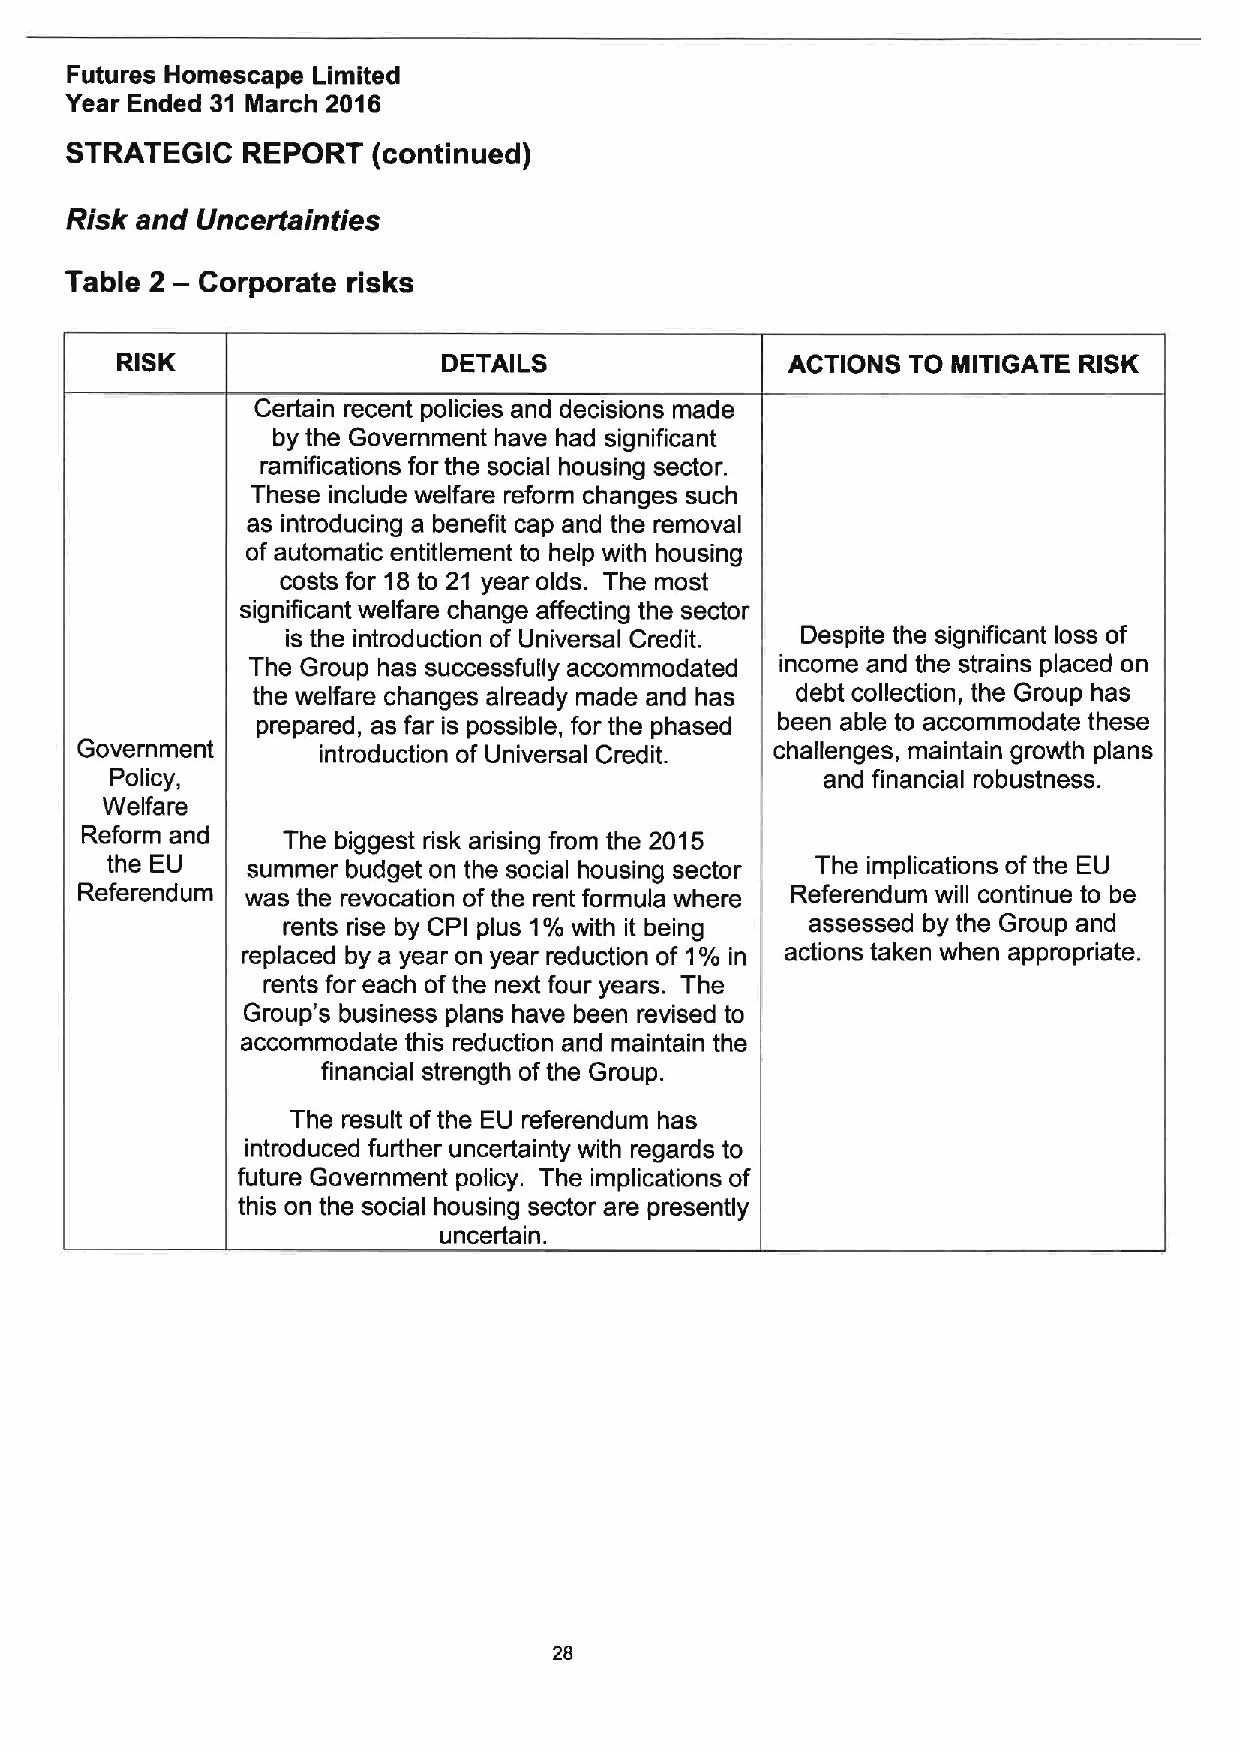
Futures Homescape Limited
 Year Ended 31 March 2016
 STRATEGIC   REPORT   (continued)
 Risk and Uncertainties
 Table 2 — Corporate risks
 RISK                 DETAILS                ACTIONS TO MITIGATE RISK
 Certain recent policies and decisions made
 by the Government have had significant
 ramifications for the social housing sector.
 These include welfare reform changes such
 as introducing a benefit cap and the removal
 of automatic entitlement to help with housing
 costs for 18to 21 year olds. The most
 significant welfare change affecting the sector
 is the introduction of Universal Credit. Despite the significant loss of
 The Group has successfully accommodated income and the strains placed on
 the welfare changes already made and has debt collection, the Group has
 prepared, as far is possible, for the phased been able to accommodate these
 Government      introduction of Universal Credit. challenges, maintain growth plans
 Policy,                                         and financial robustness.
 Welfare
 Reform and    The biggest risk arising from the 2015
 the EU   summer budget on the social housing sector The implications ofthe EU
 Referendum was the revocation ofthe rent formula where Referendum will continue to be
 rents rise by CPI plus 1%with it being assessed by the Group and
 replaced by a year on year reduction of 1% in actions taken when appropriate.
 rents for each ofthe next four years. The
 Group's business plans have been revised to
 accommodate this reduction and maintain the
 financial strength ofthe Group.
 The result ofthe EU referendum has
 introduced further uncertainty with regards to
 future Government policy. The implications of
 this on the social housing sector are presently
 uncertain.
 28